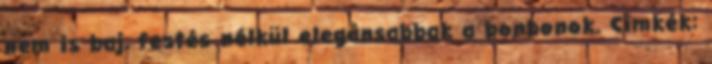
nem is baj, festés nélkül elegánsabbak a bonbonok. Címkék: